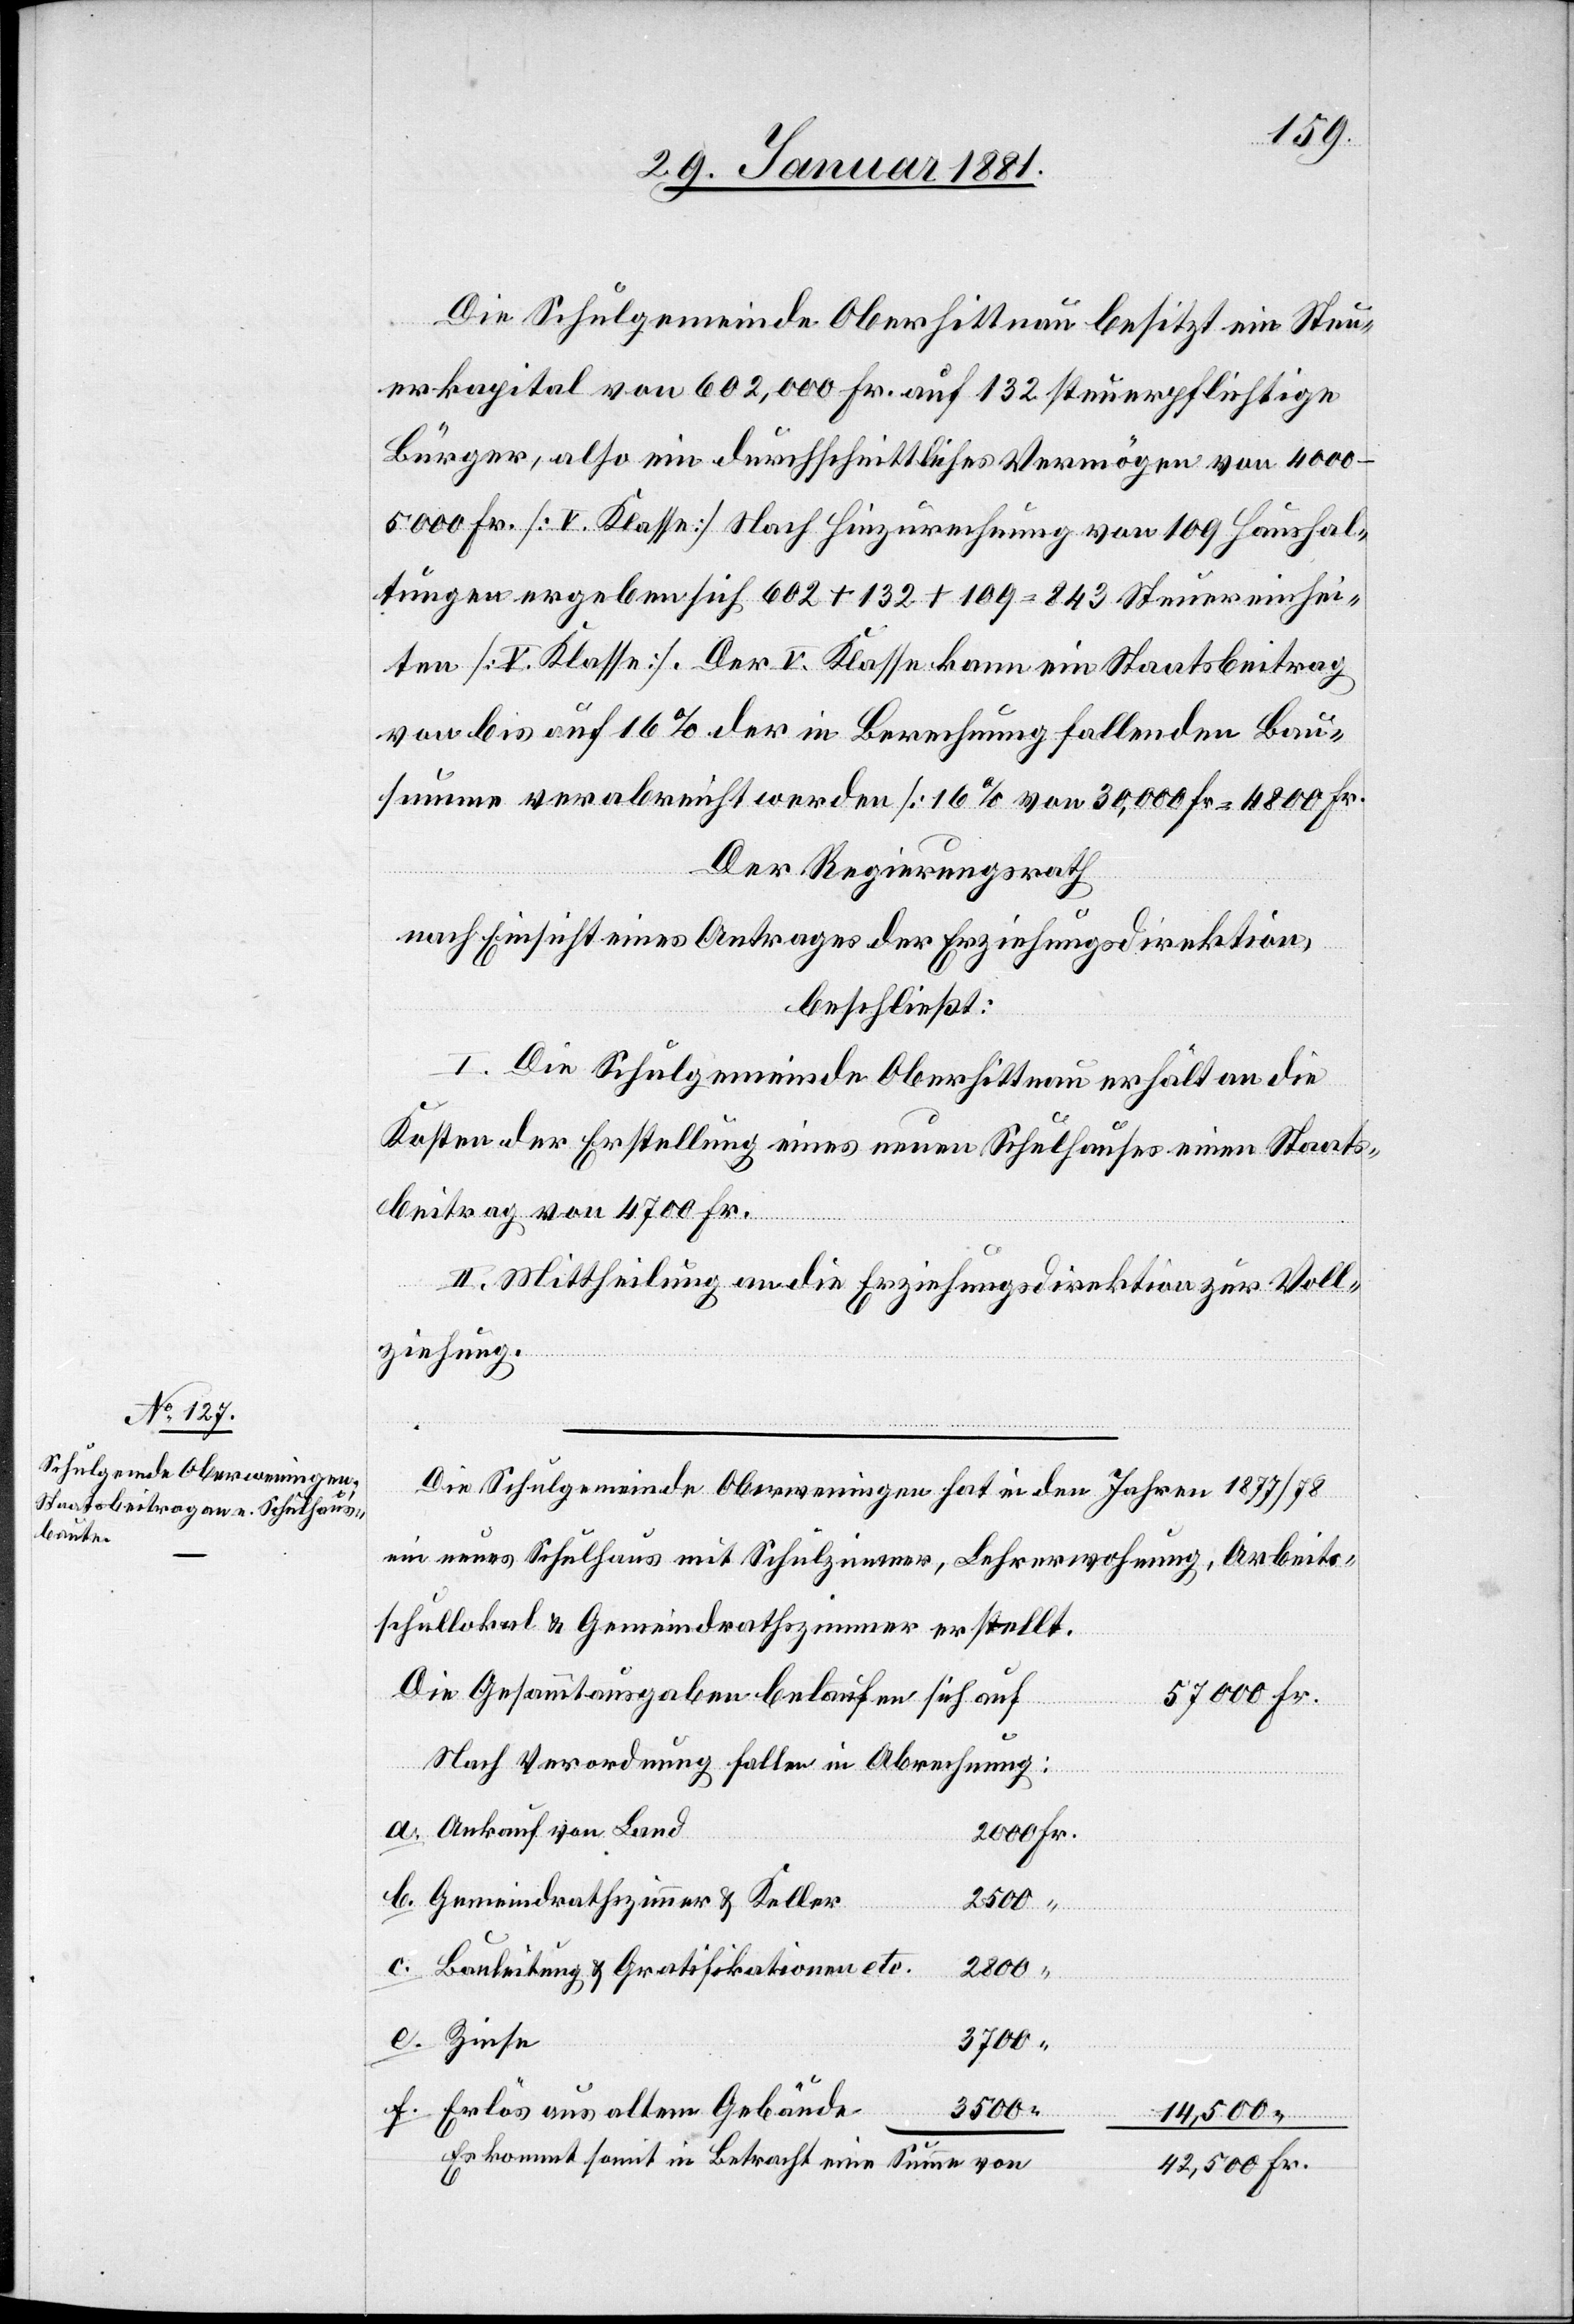
Die Schulgemeinde Oberhittnau besitzt ein Steu¬
erkapital von 602,000 Fr. auf 132 steuerpflichtige
Bürger, also ein durchschnittliches Vermögen von 4000–5000
Fr. [V. Klasse] Nach Hinzurechnung von 109 Haushal¬
tungen ergeben sich 602 + 132 + 109 = 843 Steuereinhei¬
ten [V. Klasse]. Der V. Klasse kann ein Staatsbeitrag
von bis auf 16% der in Berechnung fallenden Bau¬
summe verabreicht werden [16% von 30,000 Fr. = 4800 Fr.]
Der Regierungsrath,
nach Einsicht eines Antrages der Erziehungsdirektion,
beschließt:
I. Die Schulgemeinde Oberhittnau erhält an die
Kosten der Erstellung eines neuen Schulhauses einen Staats¬
beitrag von 4700 Fr.
II. Mittheilung an die Erziehungsdirektion zur Voll¬
ziehung.
Die Schulgemeinde Oberweningen hat in den Jahren 1877/78
ein neues Schulhaus mit Schulzimmer, Lehrerwohnung, Arbeits¬
schullokal & Gemeindrathzimmer erstellt.
Die Gesammtausgaben belaufen sich auf
Nach Verordnung fallen in Abrechnung:
Ankauf von Land
Gemeindrathszimmer & Keller
42,500.
Bauleitung & Gratifikationen etc.
2800
3700
3500
Erlös aus altem Gebäude
“
14,500.
Es kommt somit in Betracht eine Summe von